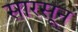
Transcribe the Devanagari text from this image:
सारसून